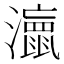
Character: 𭳘